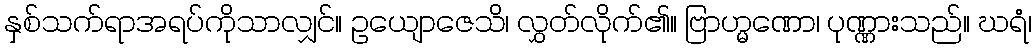
နှစ်သက်ရာအရပ်ကိုသာလျှင်။ ဥယျောဇေသိ၊ လွှတ်လိုက်၏။ ဗြာဟ္မဏော၊ ပုဏ္ဏားသည်။ ဃရံ၊